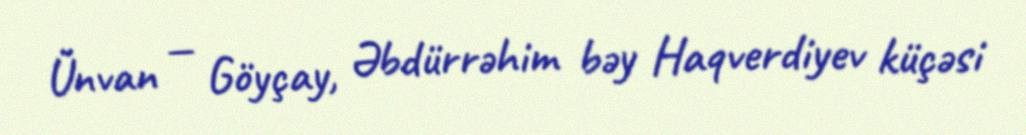
Ünvan — Göyçay, Əbdürrəhim bəy Haqverdiyev küçəsi